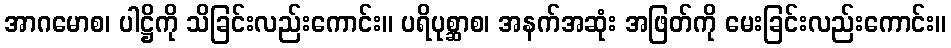
အာဂမောစ၊ ပါဋ္ဌိကို သိခြင်းလည်းကောင်း။ ပရိပုစ္ဆာစ၊ အနက်အဆုံး အဖြတ်ကို မေးခြင်းလည်းကောင်း။